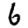
Digit: 6